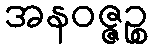
အနဝဇ္ဇဉ္စ